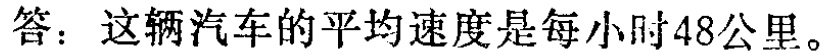
答：这辆汽车的平均速度是每小时48公里。